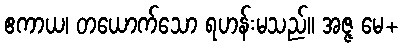
ဧကာယ၊ တယောက်သော ရဟန်းမသည်။ အဇ္ဇ မေ+